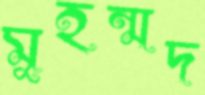
মুহন্মদ